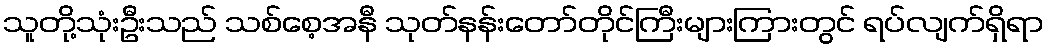
သူတို့သုံးဦးသည် သစ်စေ့အနီ သုတ်နန်းတော်တိုင်ကြီးများကြားတွင် ရပ်လျက်ရှိရာ